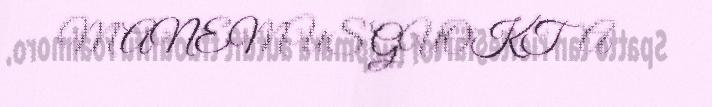
MANEMUS GUOKTA